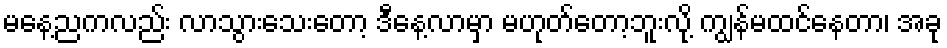
မနေ့ညကလည်း လာသွားသေးတော့ ဒီနေ့လာမှာ မဟုတ်တော့ဘူးလို့ ကျွန်မထင်နေတာ၊ အခု